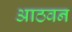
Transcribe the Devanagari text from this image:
आठवन